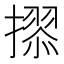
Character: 𭢢